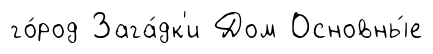
го́род Зага́дк'и Дом Основны́е